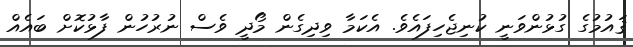
ޤައުމުގެ ގުޅުންވަނީ ކުނިޖެހިފައެވެ. އެކަމާ ވިދިގެން މޯދީ ވެސް ނުރުހުން ފާޅުކޮށް ބައެއް